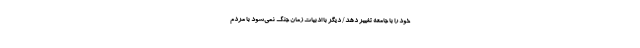
خود را با جامعه تغییر دهد/ دیگر با ادبیات زمان جنگ نمی‌شود با مردم